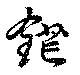
鋩